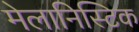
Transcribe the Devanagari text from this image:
मेलानिस्टिक